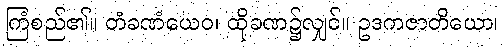
ကြံစည်၏။ တံခဏံယေဝ၊ ထိုခဏ၌လျှင်။ ဥဒကဇာတိယော၊